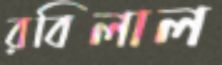
রবিলাল